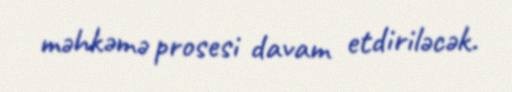
məhkəmə prosesi davam etdiriləcək.